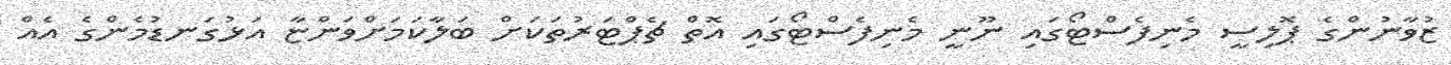
ޒުވާނުންގެ ޕޮލިސީ މެނިފެސްޓޯގައި ނޫނީ މެނިފެސްޓޯގައި އޮތް ޗެޕްޓަރުތަކަށް ބަލާކަމަށްވަންޏާ އަޅުގަނޑުމެންގެ އެއް